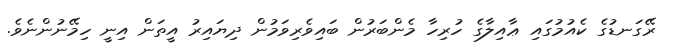
ރޭގަނޑުގެ ކެއުމުގައި ޢާއިލާގެ ހުރިހާ މެންބަރުން ބައިވެރިވަމުން ދިޔައިރު އީތަން އިނީ ހިމޭނުންނެވެ.